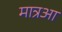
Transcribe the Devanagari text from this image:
मात्रआ